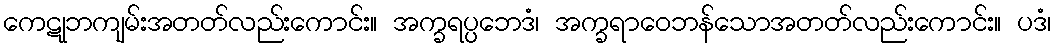
ကေဋုဘကျမ်းအတတ်လည်းကောင်း။ အက္ခရပ္ပဘေဒံ၊ အက္ခရာဝေဘန်သောအတတ်လည်းကောင်း။ ပဒံ၊